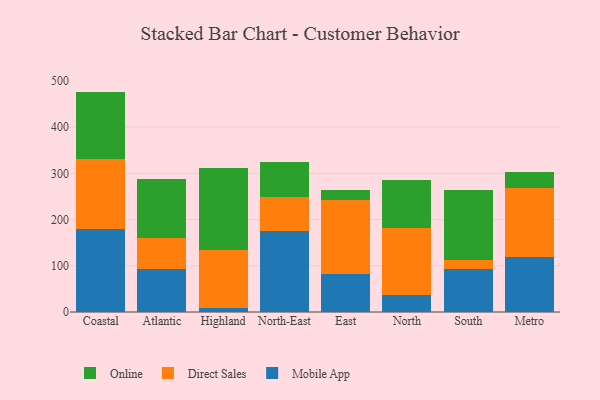
{"axis": {"x": "Region", "y": "Tickets Resolved"}, "legend": ["Direct Sales", "Mobile App", "Online"], "data": [{"x": "Coastal", "y": 178.9, "type": "Mobile App"}, {"x": "Coastal", "y": 152.3, "type": "Direct Sales"}, {"x": "Coastal", "y": 145.6, "type": "Online"}, {"x": "Atlantic", "y": 93.7, "type": "Mobile App"}, {"x": "Atlantic", "y": 67.4, "type": "Direct Sales"}, {"x": "Atlantic", "y": 127.0, "type": "Online"}, {"x": "Highland", "y": 9.4, "type": "Mobile App"}, {"x": "Highland", "y": 125.1, "type": "Direct Sales"}, {"x": "Highland", "y": 177.2, "type": "Online"}, {"x": "North-East", "y": 175.7, "type": "Mobile App"}, {"x": "North-East", "y": 72.6, "type": "Direct Sales"}, {"x": "North-East", "y": 76.8, "type": "Online"}, {"x": "East", "y": 81.4, "type": "Mobile App"}, {"x": "East", "y": 160.4, "type": "Direct Sales"}, {"x": "East", "y": 22.1, "type": "Online"}, {"x": "North", "y": 36.5, "type": "Mobile App"}, {"x": "North", "y": 145.4, "type": "Direct Sales"}, {"x": "North", "y": 103.8, "type": "Online"}, {"x": "South", "y": 92.0, "type": "Mobile App"}, {"x": "South", "y": 20.0, "type": "Direct Sales"}, {"x": "South", "y": 152.5, "type": "Online"}, {"x": "Metro", "y": 119.2, "type": "Mobile App"}, {"x": "Metro", "y": 148.6, "type": "Direct Sales"}, {"x": "Metro", "y": 35.3, "type": "Online"}]}